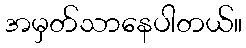
အမှတ်သာနေပါတယ်။